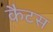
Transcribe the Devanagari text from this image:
कैटस